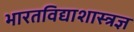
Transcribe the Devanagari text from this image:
भारतविद्याशास्त्रज्ञ